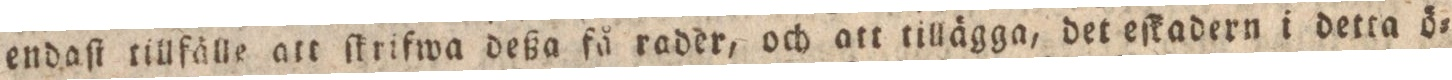
endaſt tillfälle att ſkrifwa deßa få rader, och att tillägga, det eſkadern i detta ö=